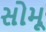
સોમૂ